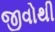
જીવોથી